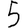
Digit: 5